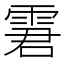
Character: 𩂿